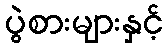
ပွဲစားများနှင့်